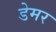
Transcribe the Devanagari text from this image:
डेमर